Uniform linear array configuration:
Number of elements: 8
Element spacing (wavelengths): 0.25
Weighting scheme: exponential
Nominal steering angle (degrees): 45
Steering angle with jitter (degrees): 43.998
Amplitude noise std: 0.05
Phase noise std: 0.05

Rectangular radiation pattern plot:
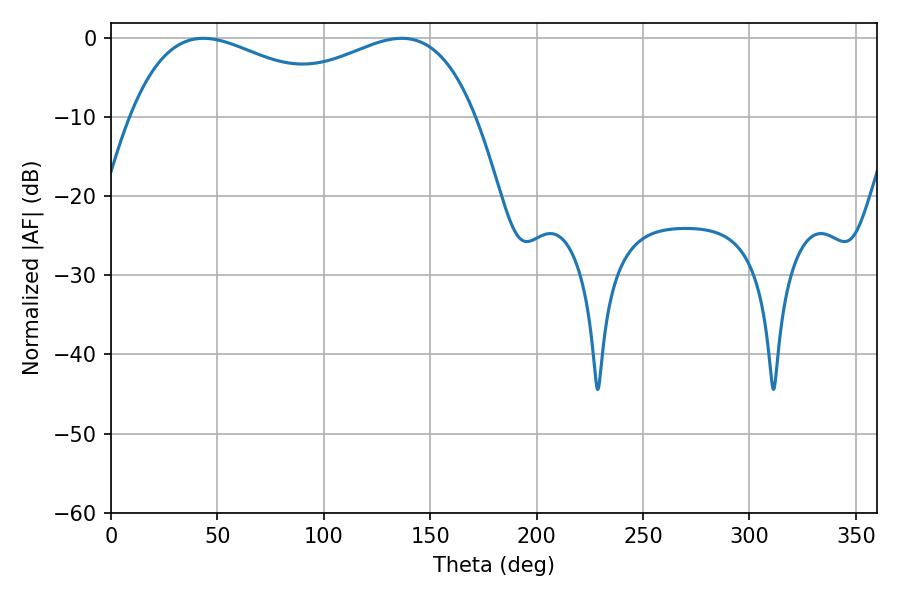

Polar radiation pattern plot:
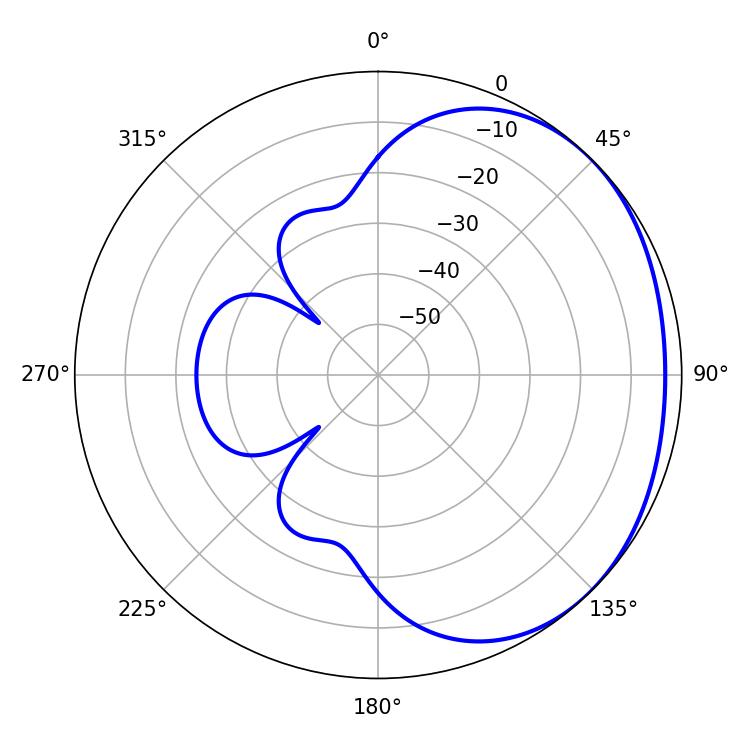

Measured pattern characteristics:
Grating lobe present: FALSE
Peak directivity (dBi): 1.679
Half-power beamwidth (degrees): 58.5
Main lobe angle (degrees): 43.38